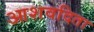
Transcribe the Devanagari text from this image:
आशवदिता